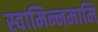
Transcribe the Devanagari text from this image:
स्वामिन्नमामि